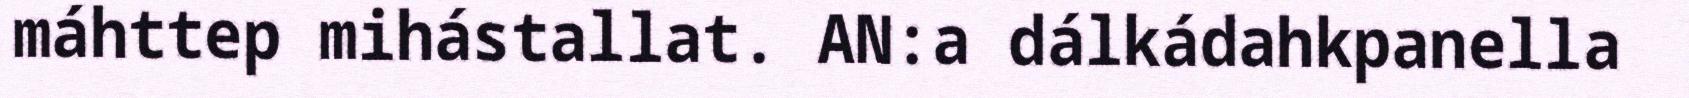
máhttep mihástallat. AN:a dálkádahkpanella